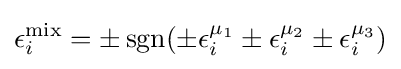
\epsilon _{i}^{\rm {mix}}=\pm \operatorname {sgn} (\pm \epsilon _{i}^{\mu _{1}}\pm \epsilon _{i}^{\mu _{2}}\pm \epsilon _{i}^{\mu _{3}})